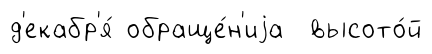
д'екабр'я́ обраще́н'иjа высото́й